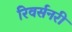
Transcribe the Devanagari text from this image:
रिवर्सनरी